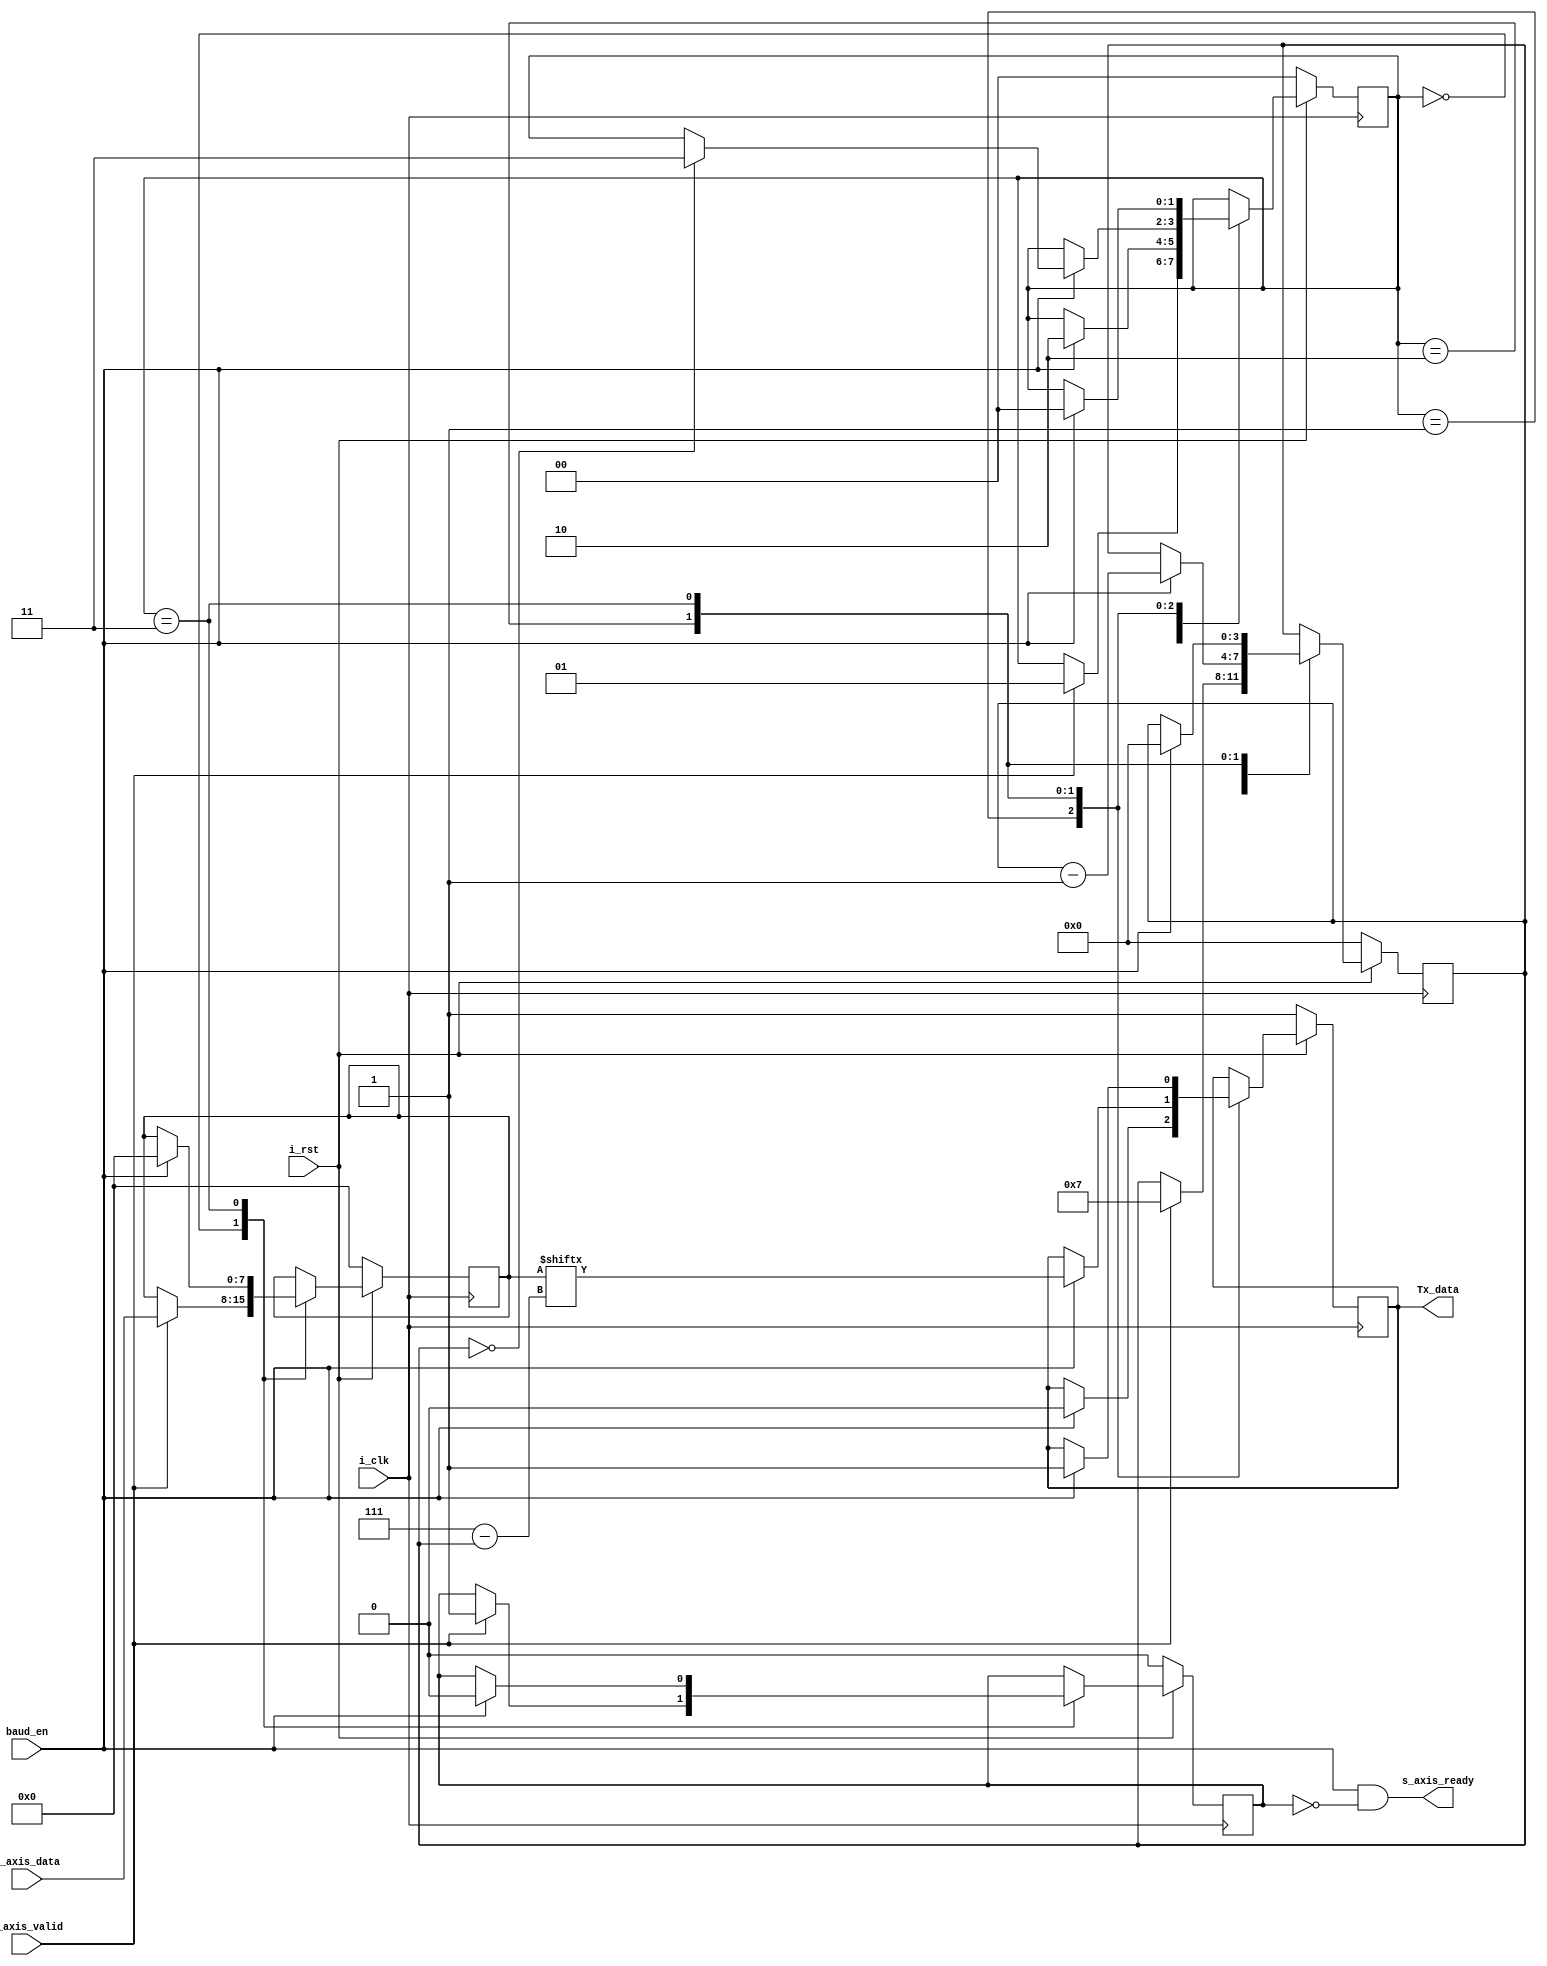
`timescale 1ns / 1ps
//////////////////////////////////////////////////////////////////////////////////
// Company: 
// Engineer: 
// 
// Design Name: 
// Module Name: UART_Tx
// Project Name: 
// Target Devices: 
// Tool Versions: 
// Description: 
// 
// Dependencies: 
// 
// Revision:
// Revision 0.01 - File Created
// Additional Comments:
// 
//////////////////////////////////////////////////////////////////////////////////


module UART_Tx#(    parameter data_width = 8)(

        // input port
        input i_clk,
        input i_rst,
        
        // slave port 
        input [data_width-1:0] s_axis_data,
        input s_axis_valid,
        output s_axis_ready,
        
        // enable signal based on baud_rate
        input baud_en,
        
        // output to UART_Rx
        output Tx_data
    );
    parameter IDLE = 2'b00;
    parameter START = 2'b01;
    parameter TRANSFER = 2'b10;
    parameter END = 2'b11;
    
    reg [data_width-1:0] data_reg;
    reg Tx_data_reg;
    reg busy;
    reg [1:0] state;
    reg [3:0] bit_cnt;
    assign Tx_data = Tx_data_reg;
    assign s_axis_ready = (baud_en && !busy);
    
    always@(posedge i_clk)begin
        if(!i_rst)begin
            busy <= 0;
            Tx_data_reg <= 1;
            data_reg <= 0;
            bit_cnt <= 0;
            state <= IDLE;
        end
        else begin
            case (state)
                IDLE : begin
                    if(s_axis_valid) begin
                        busy <= 1;
                        data_reg <= s_axis_data;
                        bit_cnt <= 7;
                        state <= START;
                    end
                end
                START : begin
                    if(baud_en)begin
                        Tx_data_reg <= 0;
                        state <= TRANSFER;
                    end
                end
                TRANSFER : begin
                    if(baud_en)begin
                        Tx_data_reg <= data_reg[7-bit_cnt];
                        bit_cnt <= bit_cnt - 1;
                        if(bit_cnt == 0)begin
                            state <= END;
                        end
                    end
                end
                END : begin
                    if(baud_en)begin
                        Tx_data_reg <= 1;
                        state <= IDLE;
                        bit_cnt <= 0;
                        busy <= 0;
                        data_reg <= 0;
                    end
                end
            endcase 
        end
    end
    
    
endmodule